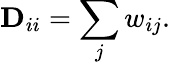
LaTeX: \mathbf{D}_{ii}=\sum_{j}w_{ij}.